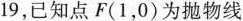
19，已知点F(1，0)为抛物线